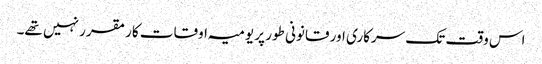
اس وقت تک سرکاری اور قانونی طور پر یومیہ اوقات کار مقرر نہیں تھے۔